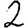
Digit: 2